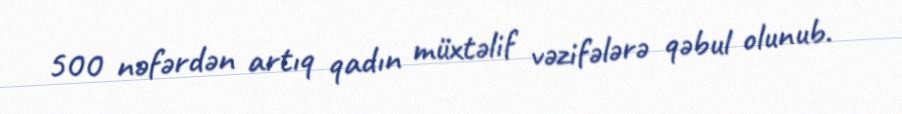
500 nəfərdən artıq qadın müxtəlif vəzifələrə qəbul olunub.